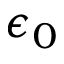
\epsilon _ { 0 }